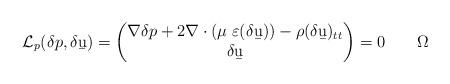
LaTeX: \begin{align*}\mathcal L_p(\delta p,\delta \b u)=\begin{pmatrix}\nabla \delta p + 2\nabla\cdot(\mu\;\varepsilon(\delta\b u))-\rho(\delta\b u)_{tt} \\ \delta \b u\end{pmatrix}=0\qquad \Omega\end{align*}